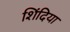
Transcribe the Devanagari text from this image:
शिंदिया